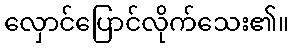
လှောင်ပြောင်လိုက်သေး၏။